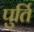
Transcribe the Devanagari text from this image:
पुर्ति